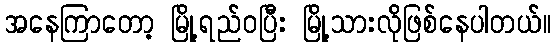
အနေကြာတော့ မြို့ရည်ဝပြီး မြို့သားလိုဖြစ်နေပါတယ်။